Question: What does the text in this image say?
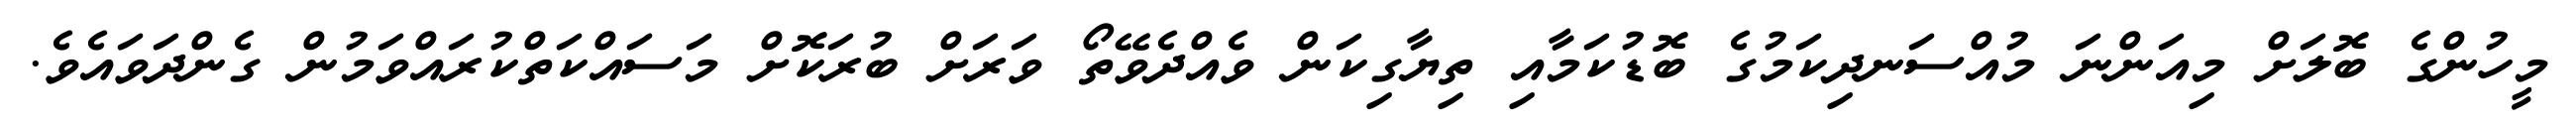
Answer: މީހުންގެ ބޮލަށް މިއަންނަ މުއްސަނދިކަމުގެ ބޮޑުކަމާއި ތިޔާގިކަން ވެއްދެވޭތޯ ވަރަށް ބުރަކޮށް މަސައްކަތްކުރައްވަމުން ގެންދަވައެވެ.